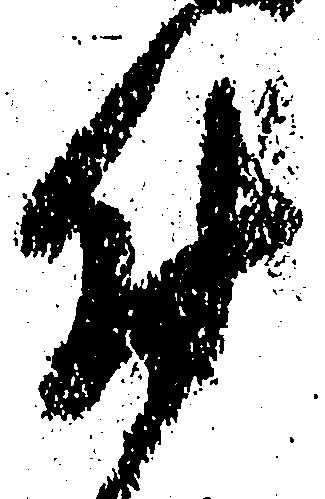
付